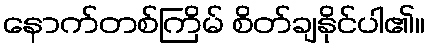
နောက်တစ်ကြိမ် စိတ်ချနိုင်ပါ၏။